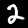
Digit: 2